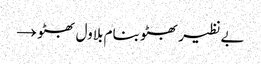
بے نظیر بھٹو بنام بلاول بھٹو →